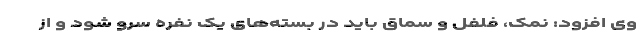
وی افزود: نمک، فلفل و سماق باید در بسته‌های یک نفره سرو شود و از